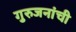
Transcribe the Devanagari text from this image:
गुरुजनांची